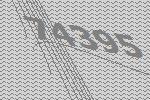
74395